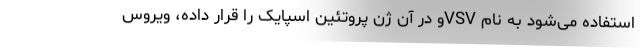
استفاده می‌شود به نام VSVو در آن ژن پروتئین اسپایک را قرار داده، ویروس